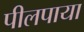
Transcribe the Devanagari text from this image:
पीलपाया